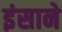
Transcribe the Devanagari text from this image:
इंसाने